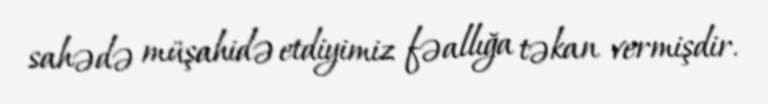
sahədə müşahidə etdiyimiz fəallığa təkan vermişdir.